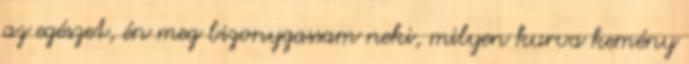
az egészet, én meg bizonygassam neki, milyen kurva kemény